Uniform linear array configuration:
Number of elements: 12
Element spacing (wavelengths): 0.25
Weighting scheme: blackman
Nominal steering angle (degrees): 45
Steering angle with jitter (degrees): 44.058
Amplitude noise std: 0.05
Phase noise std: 0.05

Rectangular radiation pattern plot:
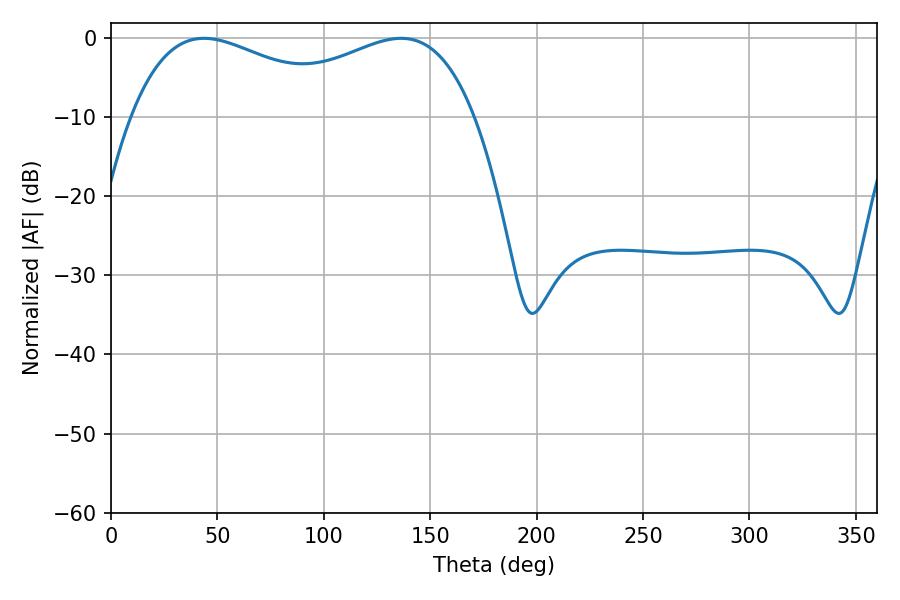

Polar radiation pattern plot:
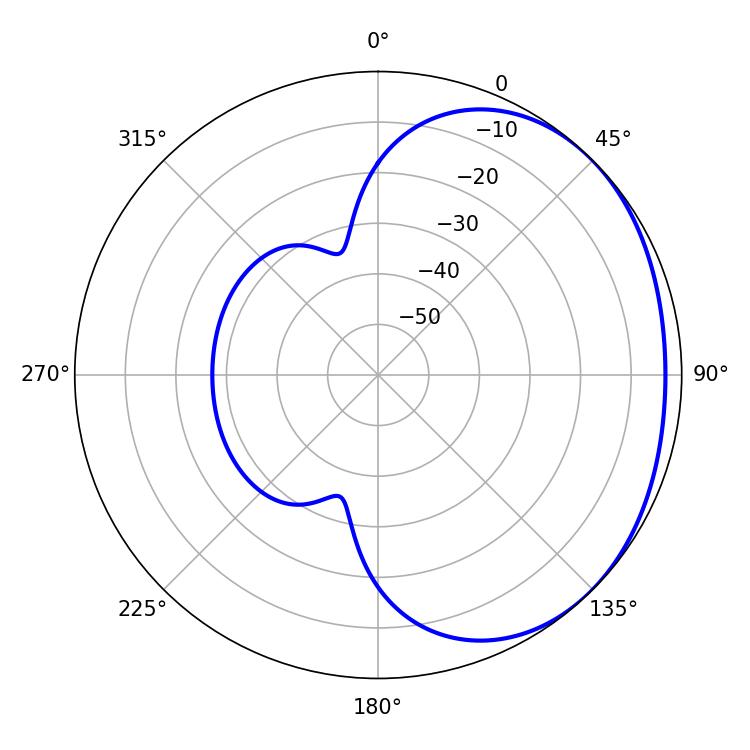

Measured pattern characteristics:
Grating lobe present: FALSE
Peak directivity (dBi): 1.674
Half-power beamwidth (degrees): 58.68
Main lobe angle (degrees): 43.74